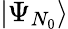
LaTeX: |\Psi_{N_{0}}\rangle